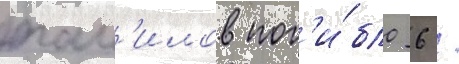
там'илов пог'и́бло 6 /